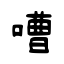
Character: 嘈